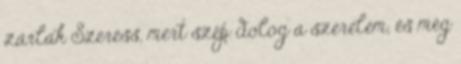
zárlak Szeress, mert szép dolog a szerelem, és még